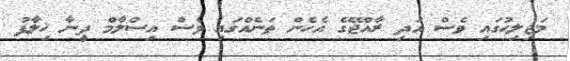
މަޖިލިހުގައި ވެސް އަދި ރާއްޖޭގެ އެހެން ތަނެއްގައި ވެސް އިސްލާމް ދީނާ ޚިލާފު